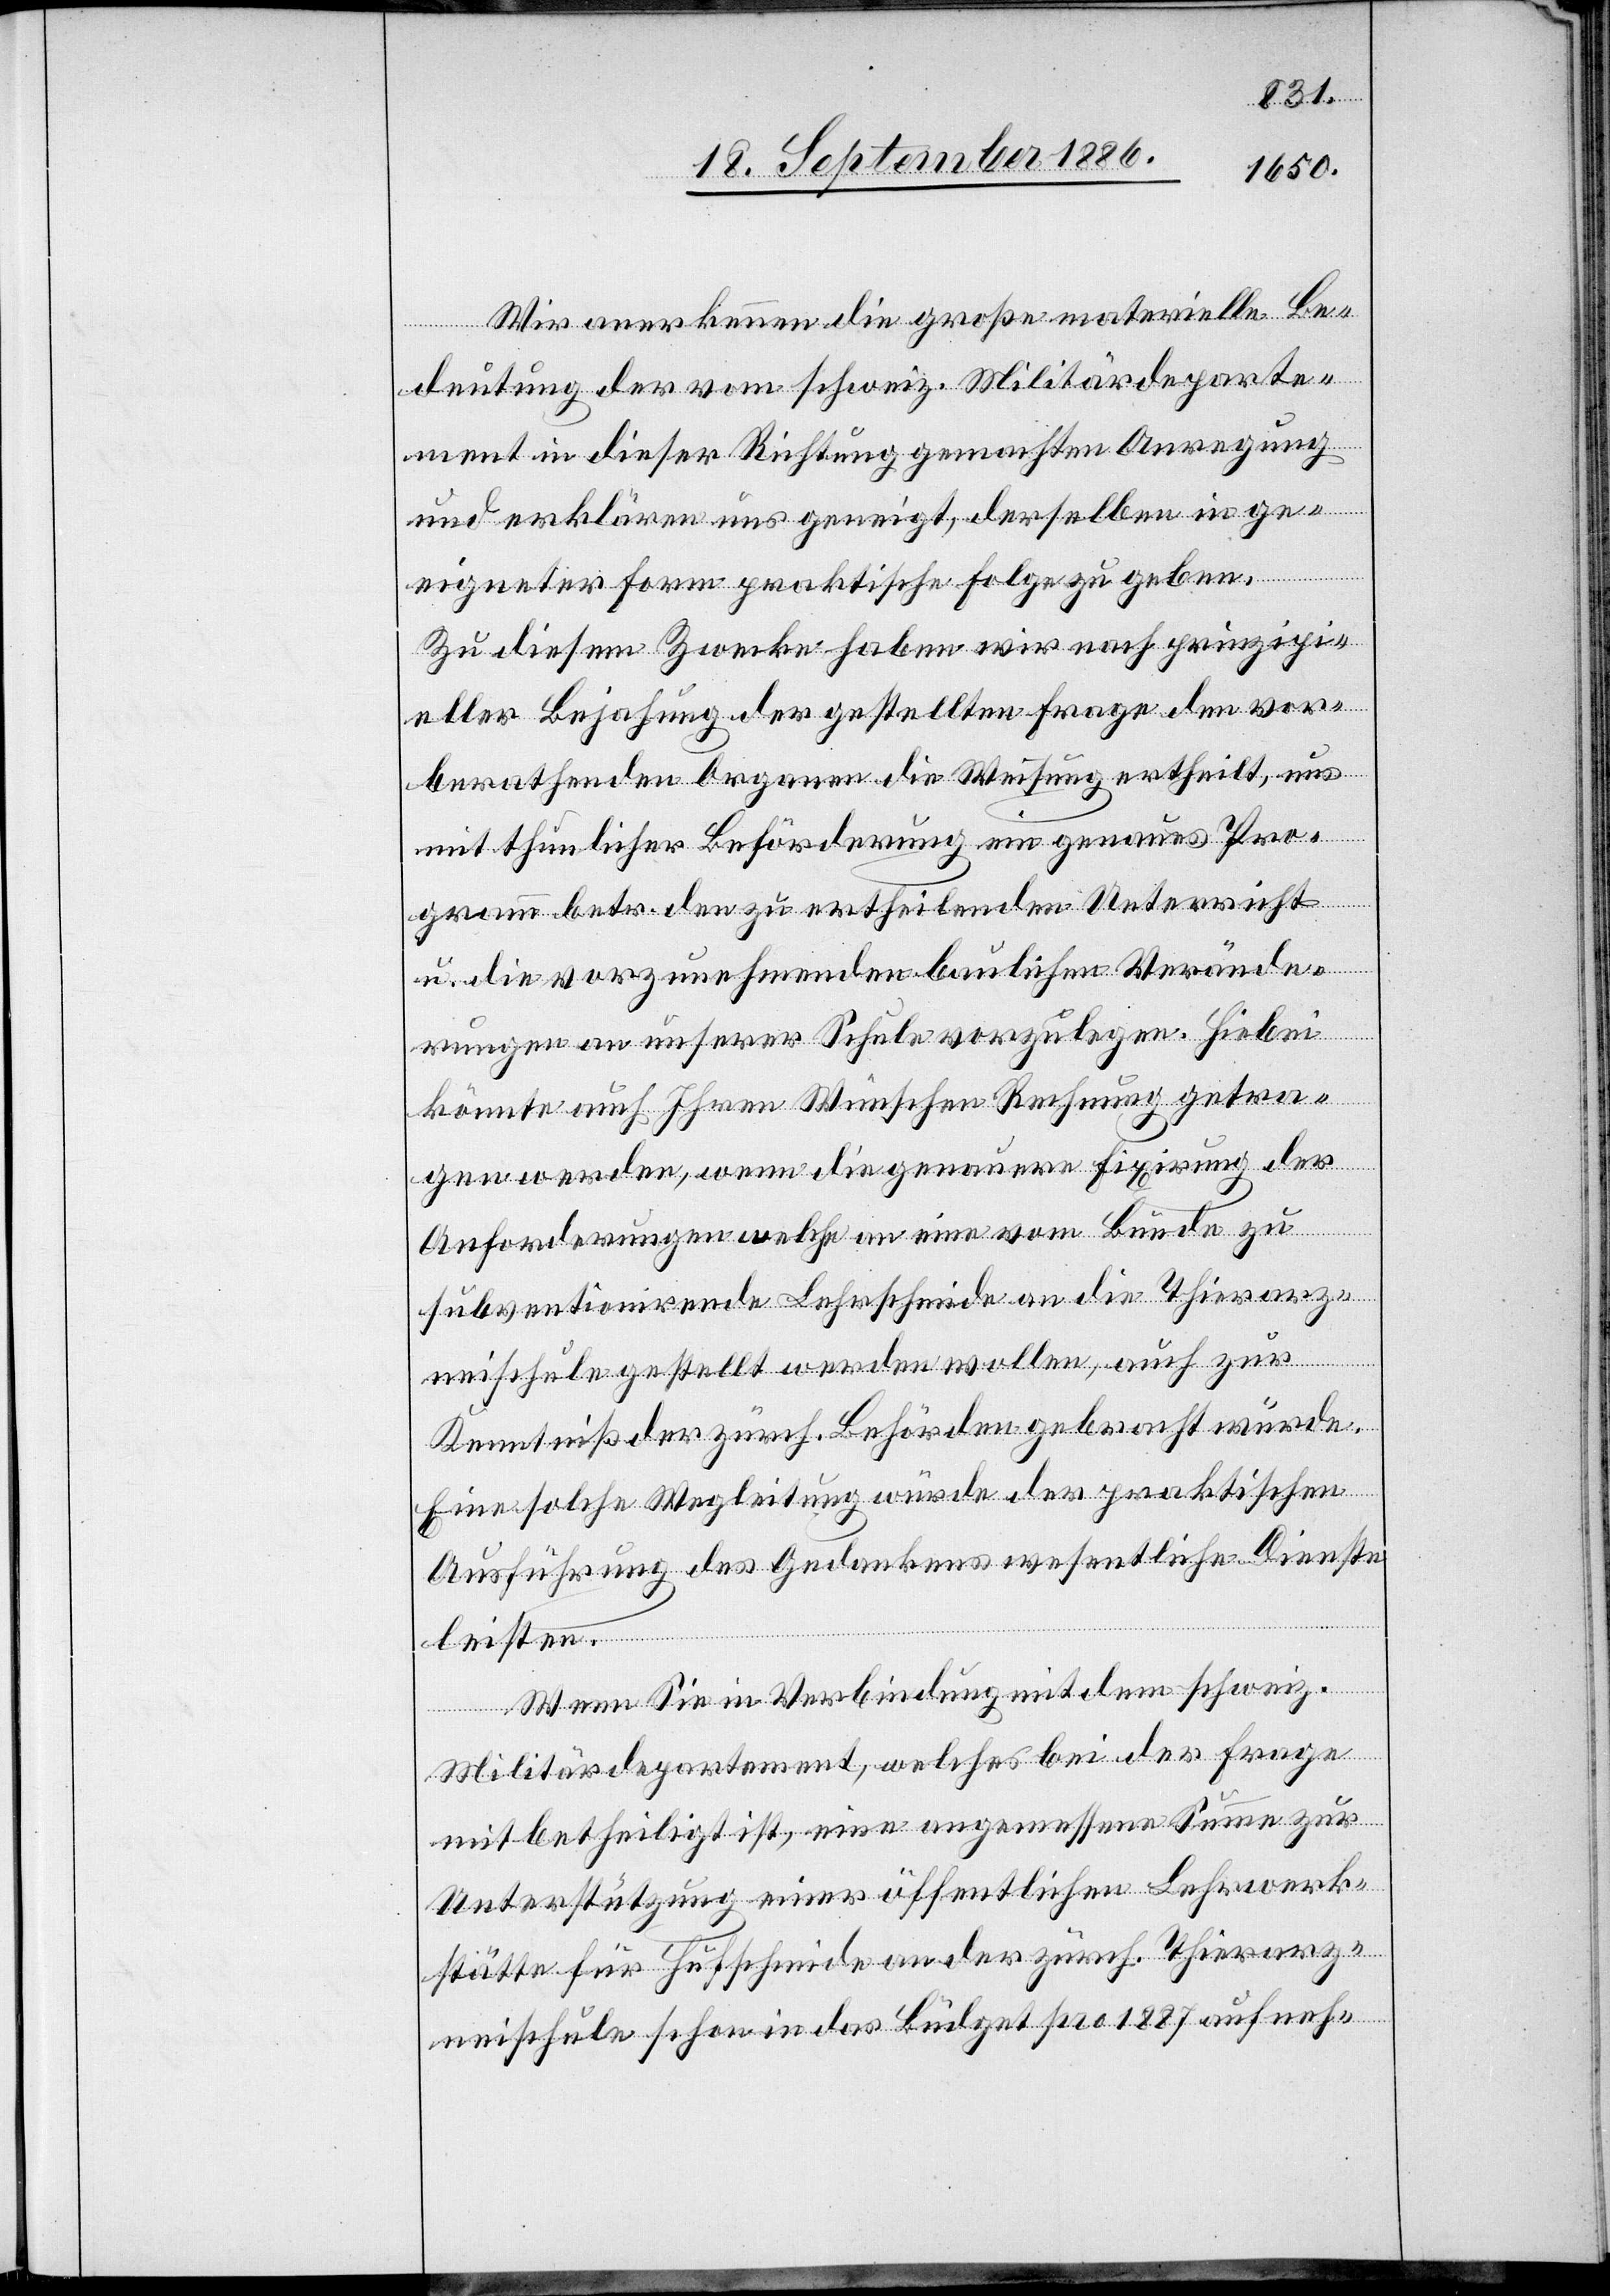
Wir anerkennen die große materielle Be¬
deutung der vom schweiz. Militärdeparte¬
ment in dieser Richtung gemachten Anregung
und erklären uns geneigt, derselben in ge¬
eigneter Form praktische Folge zu geben.
Zu diesem Zwecke haben wir nach prinzipi¬
eller Bejahung der gestellten Frage den vor¬
berathenden Organen die Weisung ertheilt, uns
mit thunlicher Beförderung ein genaues Pro¬
gramm betr. den zu ertheilenden Unterricht
u. die vorzunehmenden baulichen Verände¬
rungen an unserer Schule vorzulegen. Hiebei
könnte auch Ihren Wünschen Rechnung getra¬
gen werden, wenn die genauere Fixirung der
Anforderungen welche an eine vom Bunde zu
subventionirende Lehrschmide an die Thierarz¬
neischule gestellt werden wollen, auch zur
Kenntniß der zürch. Behörden gebracht würde.
Eine solche Wegleitung würde der praktischen
Ausführung des Gedankens wesentliche Dienste
leisten.
Wenn Sie in Verbindung mit dem schweiz.
Militärdepartement, welches bei der Frage
mitbetheiligt ist, eine angemessene Summe zur
Unterstützung einer öffentlichen Lehrwerk¬
stätte für Hufschmide an der zürch. Thierarz¬
neischule schon in das Büdget pro 1887 aufneh-